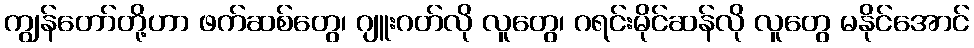
ကျွန်တော်တို့ဟာ ဖက်ဆစ်တွေ၊ ဂျူးဂတ်လို လူတွေ၊ ဂရင်းမိုင်ဆန်လို လူတွေ မနိုင်အောင်